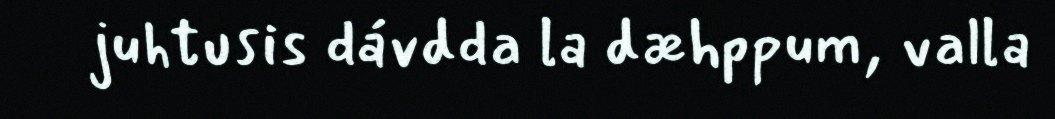
juhtusis dávdda la dæhppum, valla